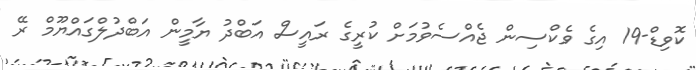
ކޮވިޑް-19 އިގެ ވެކްސިން ޖެެއްސެވުމަށް ކުރީގެ ރައީސް އަބްދު ޔާމީން އަބްދުލްގައްޔޫމް ރޭ